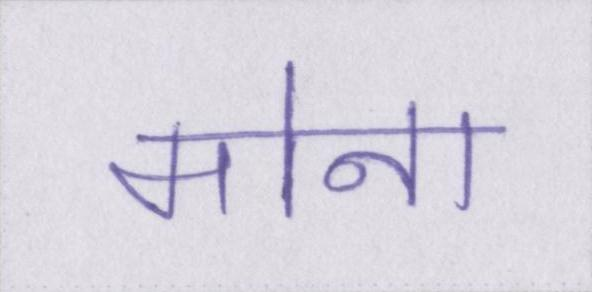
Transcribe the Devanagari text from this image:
मोना